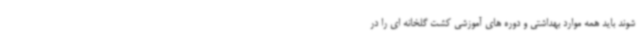
شوند باید همه موارد بهداشتی و دوره های آموزشی کشت گلخانه ای را در